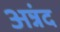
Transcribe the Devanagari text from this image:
अन्नंद